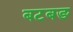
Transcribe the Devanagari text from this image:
बटबङ